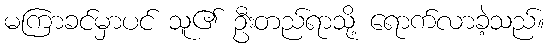
မကြာခင်မှာပင် သူ၏ ဦးတည်ရာသို့ ရောက်လာခဲ့သည်။